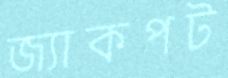
জ্যাকপট